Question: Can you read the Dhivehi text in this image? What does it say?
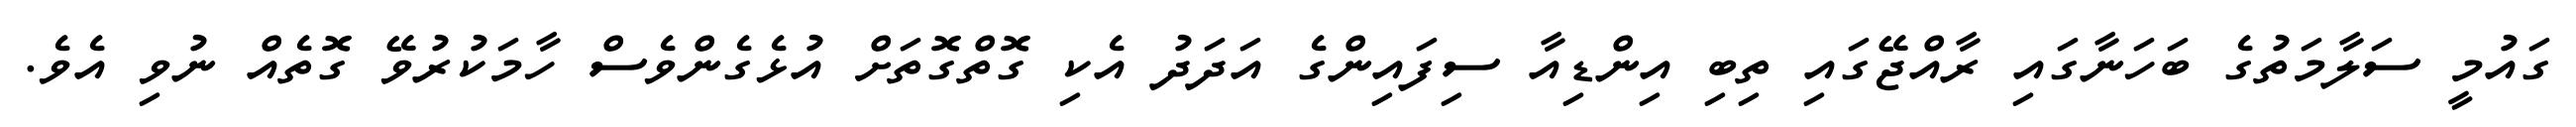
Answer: ގައުމީ ސަލާމަތުގެ ބަހަނާގައި ރާއްޖޭގައި ތިބި އިންޑިއާ ސިފައިންގެ އަދަދު އެކި ގޮތްގޮތަށް އުޅެގެންވެސް ހާމަކުރުވޭ ގޮތެއް ނުވި އެވެ.